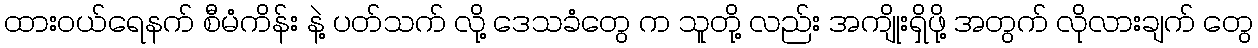
ထားဝယ်ရေနက် စီမံကိန်း နဲ့ ပတ်သက် လို့ ဒေသခံတွေ က သူတို့ လည်း အကျိုးရှိဖို့ အတွက် လိုလားချက် တွေ